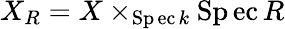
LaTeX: X_{R}=X\times_{\operatorname{Sp\mathrm{e}c}k}\operatorname{Sp\mathrm{e}c}R